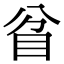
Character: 𥄘